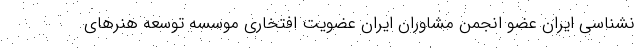
نشناسی ایران عضو انجمن مشاوران ایران عضویت افتخاری موسسه توسعه هنرهای